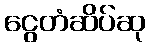
ငွေတံဆိပ်ဆု